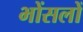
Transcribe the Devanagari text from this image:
भोंसलों